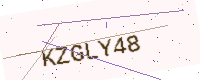
Text: KZGLY48